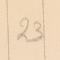
23